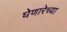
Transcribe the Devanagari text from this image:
घेणारेच्या